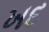
ખદ